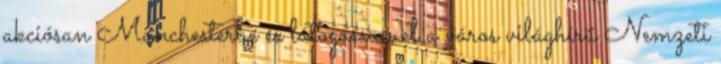
akciósan Manchesterbe és látogasson el a város világhírű Nemzeti